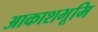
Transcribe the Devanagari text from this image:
आकाशभूमि